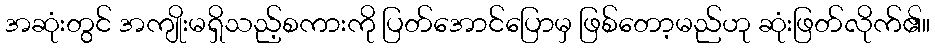
အဆုံးတွင် အကျိုးမရှိသည့်စကားကို ပြတ်အောင်ပြောမှ ဖြစ်တော့မည်ဟု ဆုံးဖြတ်လိုက်၏။